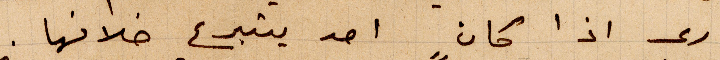
اري اذا كان احد يتبرع خلافها.